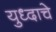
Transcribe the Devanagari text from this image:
युध्दाचे